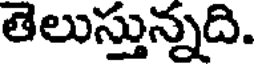
తెలుస్తున్నది.